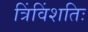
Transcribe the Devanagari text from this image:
त्रिंविंशतिः